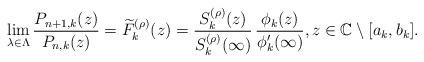
LaTeX: \begin{align*}\lim_{\lambda\in\Lambda}\frac{P_{n+1,k}(z)}{P_{n,k}(z)}=\widetilde{F}_{k}^{(\rho)}(z)=\frac{S_{k}^{(\rho)}(z)}{S_{k}^{(\rho)}(\infty)}\,\frac{\phi_{k}(z)}{\phi_{k}'(\infty)},z\in\mathbb{C}\setminus[a_{k},b_{k}].\end{align*}